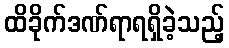
ထိခိုက်ဒဏ်ရာရရှိခဲ့သည့်